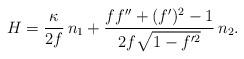
LaTeX: \begin{align*} H = \frac{\kappa}{2f} \,n_1 + \frac{f f''+(f')^2 - 1}{2f \sqrt{1-f'^2}} \,n_2.\end{align*}